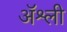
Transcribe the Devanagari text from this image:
ॲश्ली